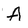
Character: A